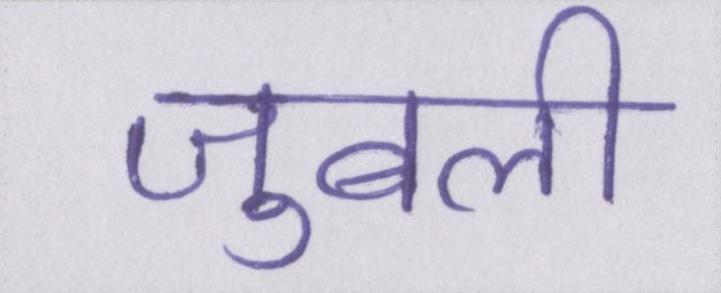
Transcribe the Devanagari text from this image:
जुबली